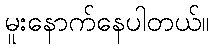
မူးနောက်နေပါတယ်။